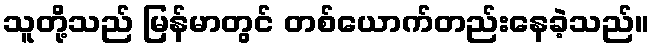
သူတို့သည် မြန်မာတွင် တစ်ယောက်တည်းနေခဲ့သည်။